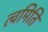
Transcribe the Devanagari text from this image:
त्वमिति